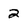
Character: 2